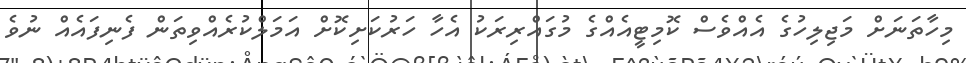
މިހާތަނަށް މަޖިލިހުގެ އެއްވެސް ކޮމިޓީއެއްގެ މުގައްރިރަކު އެހާ ހަރުކަށިކޮށް އަމަލްކުރެއްވިތަން ފެނިފައެއް ނުވެ